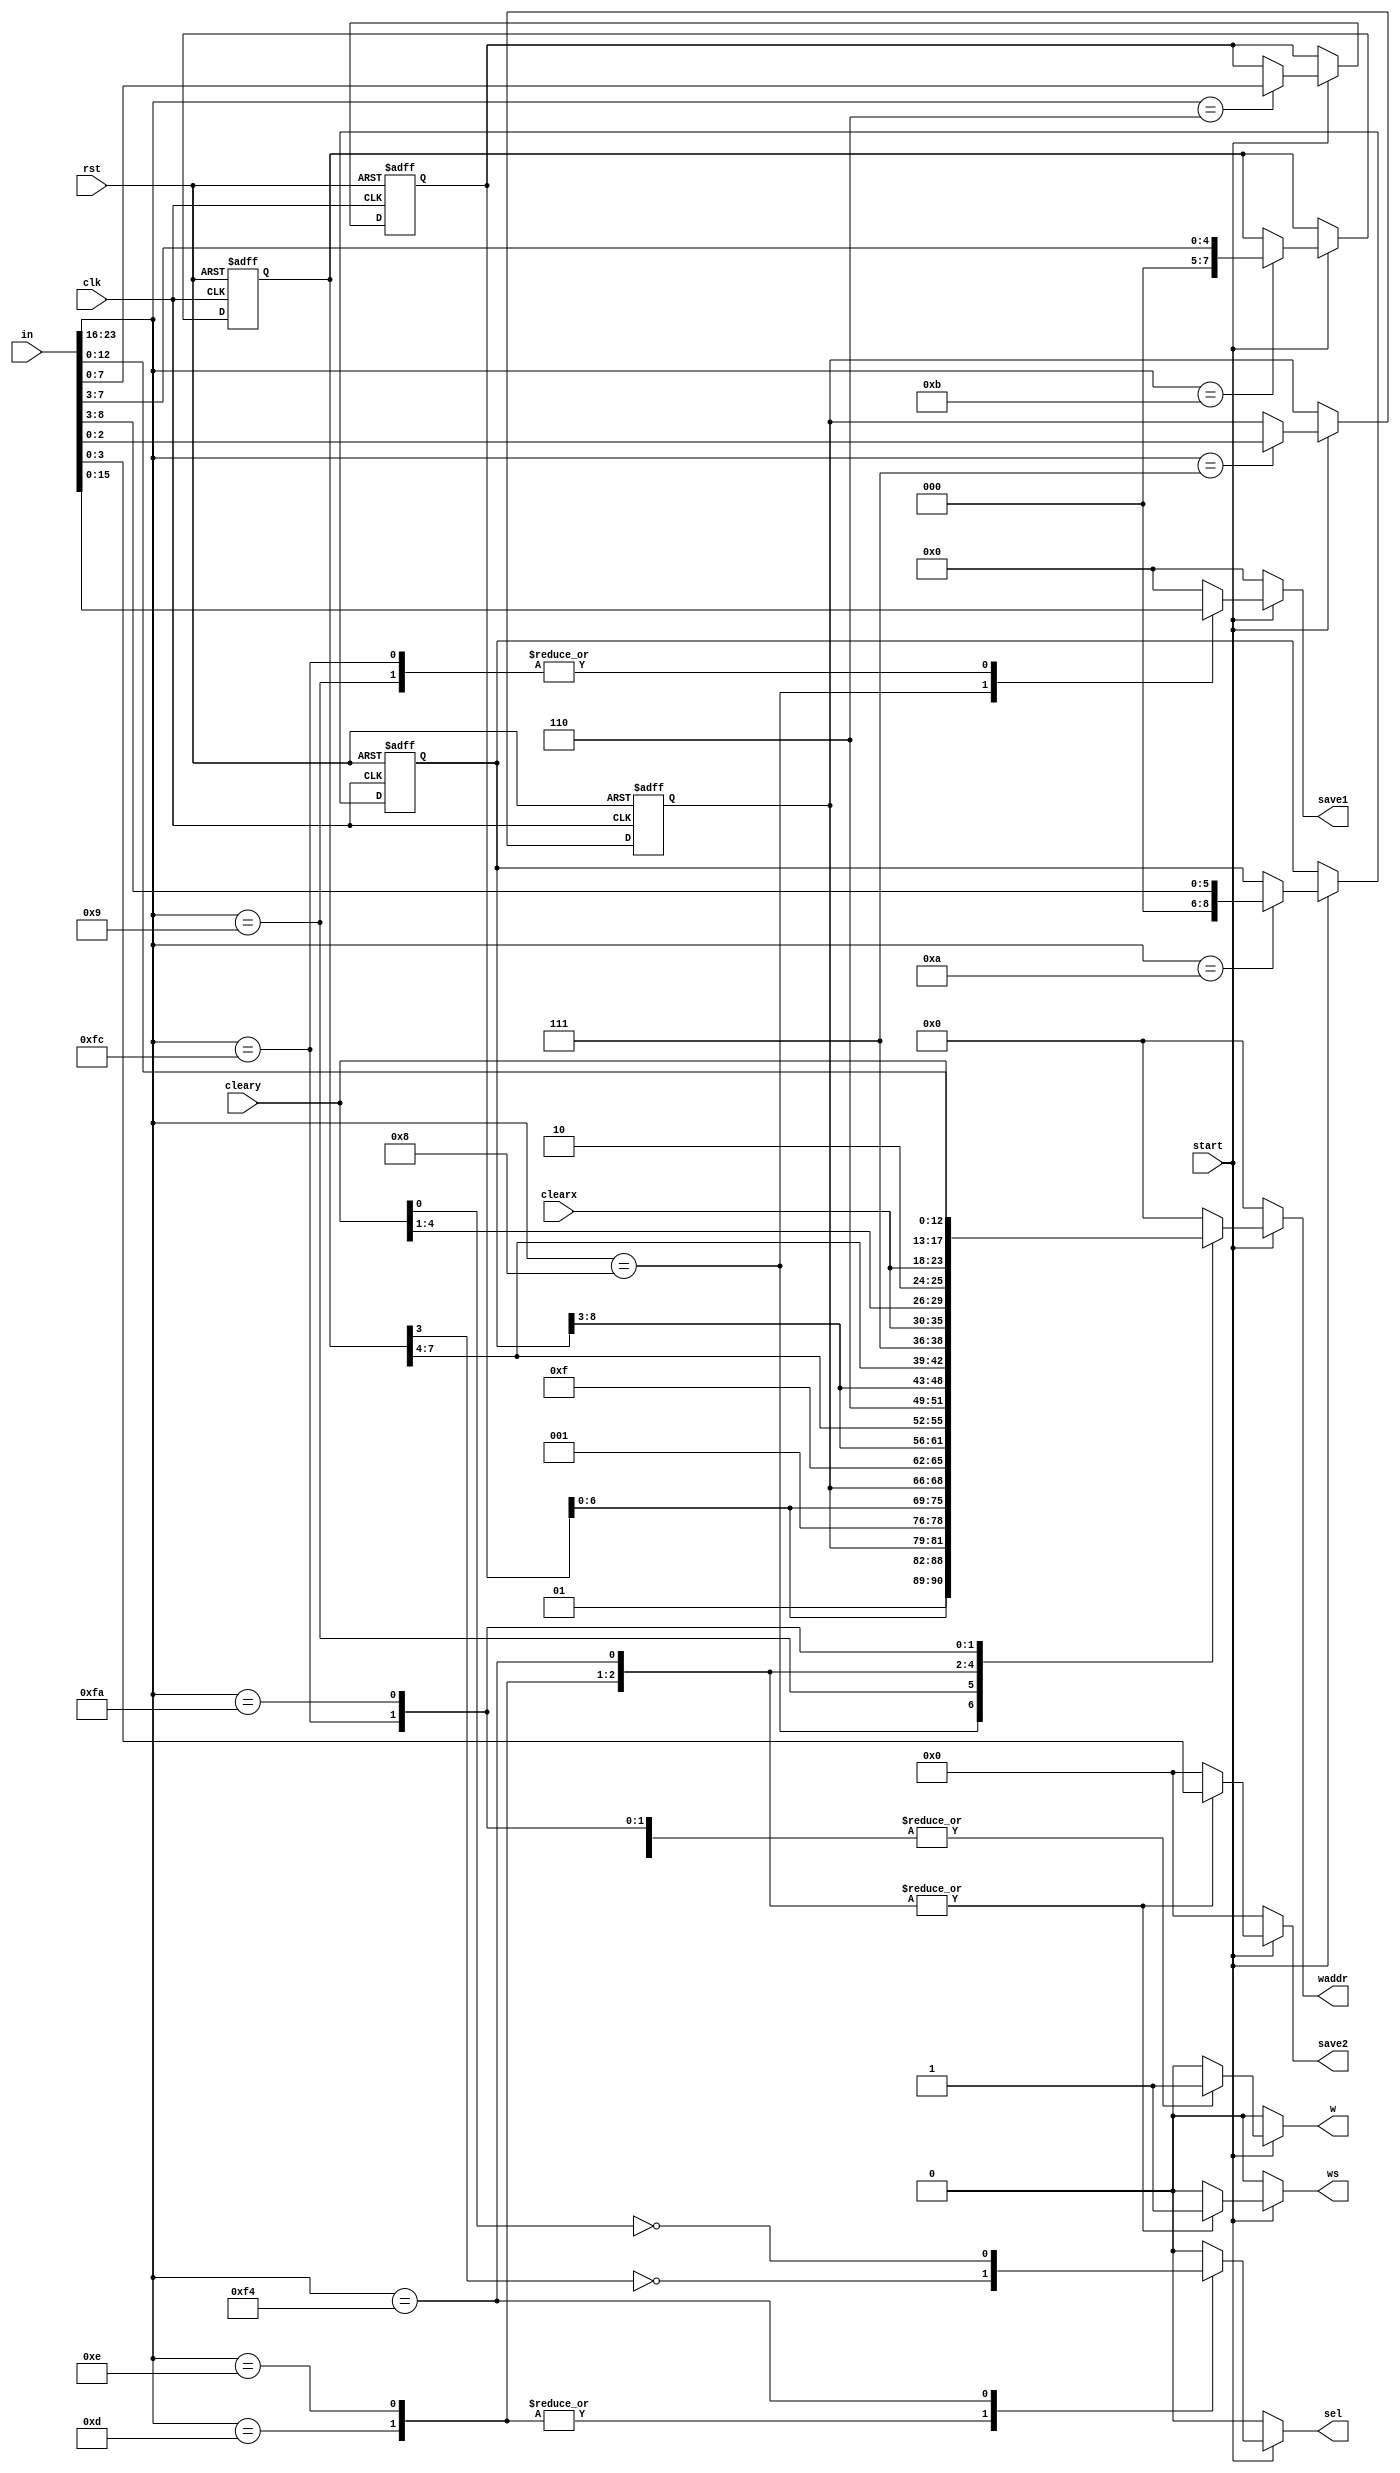
module BCGController(
	input clk,
	input rst,
	
	input start,
	input[23:0] in,
	
	input[5:0] clearx,
	input[4:0] cleary,
	
	output reg[12:0] waddr,
	output reg w,
	output reg[7:0] save1,
	
	output reg ws,
	output reg sel,
	output reg[3:0] save2
);

reg[7:0] ntex;
reg[7:0] f_ntex;

reg[2:0] yline;
reg[2:0] f_yline;

reg[8:0] x;
reg[7:0] y;

reg[8:0] f_x;
reg[7:0] f_y;

always@(posedge clk or posedge rst)begin
	if(rst)begin
		f_ntex <= 0;
		f_yline <= 0;
		
		f_x <= 0;
		f_y <= 0;
	end else
	begin
		f_ntex <= ntex;
		f_yline <= yline;
		
		f_x <= x;
		f_y <= y;
	end
end

always@(*)begin

	ntex = f_ntex;
	yline = f_yline;
	
	x = f_x;
	y = f_y;
	
	waddr = 0;
	w = 0;
	save1 = 0;
	
	ws = 0;
	sel = 0;
	save2 = 0;
	
	if(start)
		case(in[23:16])
			8'd6: ntex = in[7:0]; // GET TEXTURE.NUMBER
			8'd7: yline = in[2:0]; // GET TEXTURE(NUMBER).YLINE
			8'd8: begin // SET TEXTURE(NUMBER).YLINE(YNUMBER).PIXELSCOL1
					w = 1;
					waddr = {2'b01,f_ntex[6:0],f_yline,1'b0};
					save1 = in [15:8];
			end
			
			10: begin
					x = in[8:3];
			end
			11: begin
					y = in[7:3];
			end
			
			8'd9: begin // SET TEXTURE(NUMBER).YLINE(YNUMBER).PIXELSCOL2
					w = 1;
					waddr = {2'b01,f_ntex[6:0],f_yline,1'b1};
					save1 = in [7:0];
			end
			
			8'd13: begin // SET BCG.BLOCK(X,Y).PALETTE
					 ws = 1;
					 sel = ~f_y[3];
					 waddr = {3'b111,f_x[8:3],f_y[7:4]};
					 save2 = in[3:0];
			end
			8'd14: begin // SET UI.BLOCK(X,Y).TEXTURE
					 ws = 1;
					 sel = ~f_y[3];
					 waddr = {3'b110,f_x[8:3],f_y[7:4]};
					 save2 = in[3:0];
			end
			8'd244: begin // LOAD BUFFER PALETTE
					 ws = 1;
					 sel = ~cleary[0];
					 waddr = {3'b111,clearx[5:0],cleary[4:1]};
					 save2 = in[3:0];
			end
			8'd252: begin // LOAD BUFFER
					 w = 1;
					 waddr = {2'b10,clearx,cleary};
					 save1 = in[7:0];
			end
			8'd250: begin // CLM
					 w = 1;
					 waddr = {in[12:0]};
					 save1 = 0;
			end
			
		endcase
end


endmodule